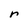
Character: r